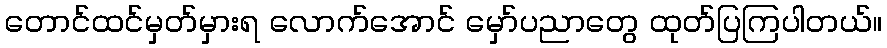
တောင်ထင်မှတ်မှားရ လောက်အောင် မှော်ပညာတွေ ထုတ်ပြကြပါတယ်။